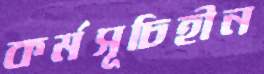
কর্মসূচিহীন